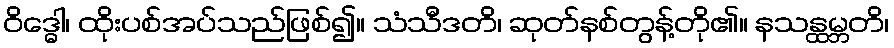
ဝိဒ္ဓေါ၊ ထိုးပစ်အပ်သည်ဖြစ်၍။ သံသီဒတိ၊ ဆုတ်နစ်တွန့်တို၏။ နသန္ထမ္ဘတိ၊